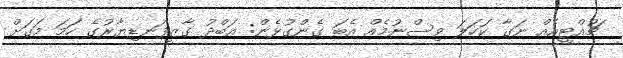
ޗުއްޓީއެއް ނަގާ ކަހަލަ ވިސްނުމެއް އެބަ ގެންގުޅެން: އަބްދު ގާޒީފަނޑިޔާރުގެ ހަމަ މަގަށް